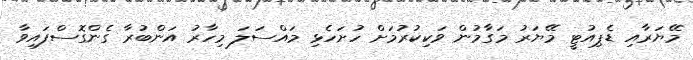
މޭޔަރާއި ޑެޕިއުޓީ މޭޔަރު މަގާމުން ވަކިކުރުމަށް ހުށަހެޅި މައްސަލަ މިހާރު އަންބުރާ ގެންގޮސްފައިވާ